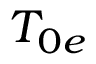
T _ { 0 e }